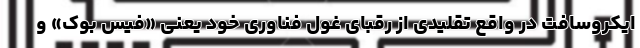
ایکروسافت در واقع تقلیدی از رقبای غول فناوری خود یعنی «فیس بوک» و